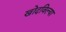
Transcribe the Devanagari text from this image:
खोदविल्या